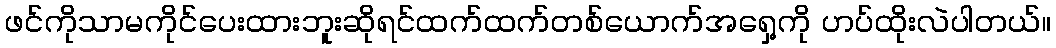
ဖင်ကိုသာမကိုင်ပေးထားဘူးဆိုရင်ထက်ထက်တစ်ယောက်အရှေ့ကို ဟပ်ထိုးလဲပါတယ်။